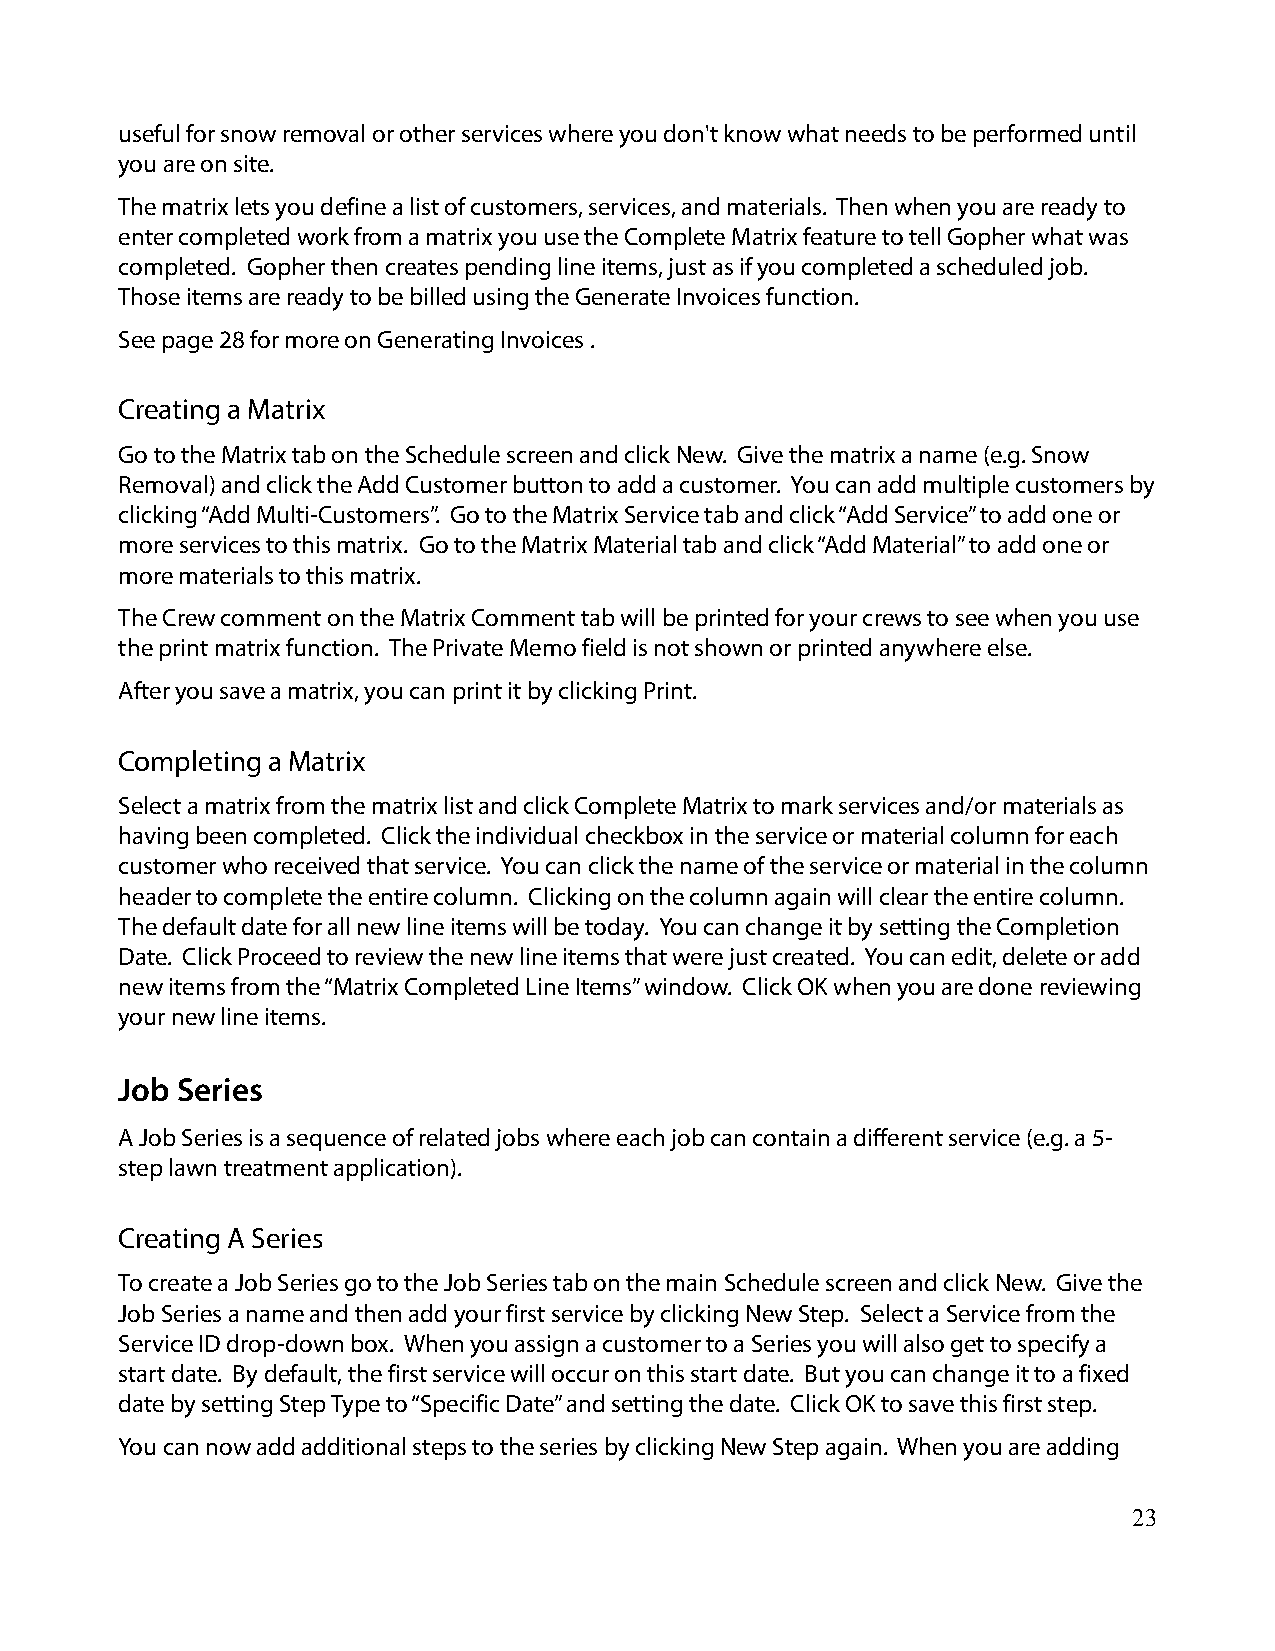
useful for snow removal or other services where you don't know what needs to be performed until
 you are on site.
 The matrix lets you define a list of customers, services, and materials. Then when you are ready to
 enter completed work from a matrix you use the Complete Matrix feature to tell Gopher what was
 completed. Gopher then creates pending line items, just as if you completed a scheduled job.
 Those items are ready to be billed using the Generate Invoices function.
 See page 28 for more on Generating Invoices .
 Creating a Matrix
 Go to the Matrix tab on the Schedule screen and click New. Give the matrix a name (e.g. Snow
 Removal) and click the Add Customer button to add a customer. You can add multiple customers by
 clicking “Add Multi-Customers”. Go to the Matrix Service tab and click “Add Service” to add one or
 more services to this matrix. Go to the Matrix Material tab and click “Add Material” to add one or
 more materials to this matrix.
 The Crew comment on the Matrix Comment tab will be printed for your crews to see when you use
 the print matrix function. The Private Memo field is not shown or printed anywhere else.
 After you save a matrix, you can print it by clicking Print.
 Completing a Matrix
 Select a matrix from the matrix list and click Complete Matrix to mark services and/or materials as
 having been completed. Click the individual checkbox in the service or material column for each
 customer who received that service. You can click the name of the service or material in the column
 header to complete the entire column. Clicking on the column again will clear the entire column.
 The default date for all new line items will be today. You can change it by setting the Completion
 Date. Click Proceed to review the new line items that were just created. You can edit, delete or add
 new items from the “Matrix Completed Line Items” window. Click OK when you are done reviewing
 your new line items.
 Job Series
 A Job Series is a sequence of related jobs where each job can contain a different service (e.g. a 5-
 step lawn treatment application).
 Creating A Series
 To create a Job Series go to the Job Series tab on the main Schedule screen and click New. Give the
 Job Series a name and then add your first service by clicking New Step. Select a Service from the
 Service ID drop-down box. When you assign a customer to a Series you will also get to specify a
 start date. By default, the first service will occur on this start date. But you can change it to a fixed
 date by setting Step Type to “Specific Date” and setting the date. Click OK to save this first step.
 You can now add additional steps to the series by clicking New Step again. When you are adding
 23